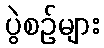
ပွဲစဉ်များ